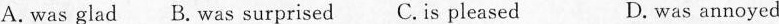
A. was gladB. was surprisedC.is pleasedD. was annoyed